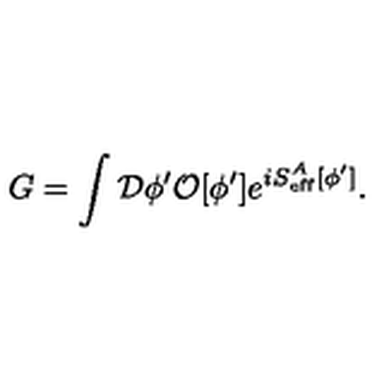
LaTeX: G = \int { \cal D } \phi ^ { \prime } { \cal O } [ \phi ^ { \prime } ] e ^ { i S _ { \mathrm { e f f } } ^ { A } [ \phi ^ { \prime } ] } .